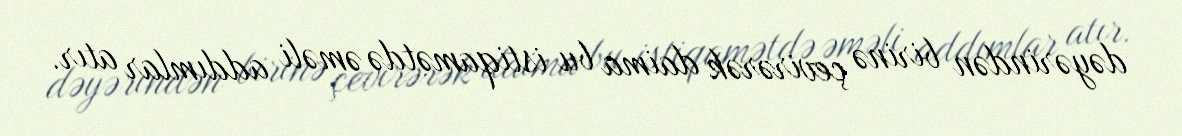
dəyərindən birinə çevirərək daima bu istiqamətdə əməli addımlar atır.